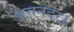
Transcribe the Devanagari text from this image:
श्वसनदर।